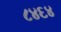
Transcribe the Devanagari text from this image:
८४६४